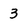
Character: 3